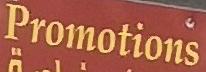
Promotions